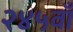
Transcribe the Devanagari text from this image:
२४५वाँ